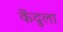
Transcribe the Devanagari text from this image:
केंदुला